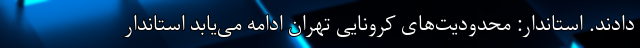
دادند. استاندار: محدودیت‌های کرونایی تهران ادامه می‌یابد استاندار